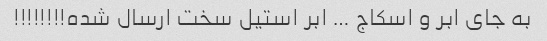
به جای ابر و اسکاج … ابر استیل سخت ارسال شده!!!!!!!!